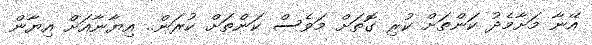
އޭނާ މަށާމެދު ކަންތަށް ކުރި ގޮތަށް މަވެސް ކަންތަށް ކުރަން.. އިޔާނާއަށް އިޔާން